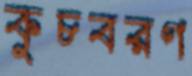
কুচবরণ